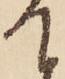
て